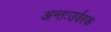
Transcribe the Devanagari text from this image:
अन्तःउर्वरक